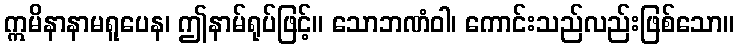
ဣမိနာနာမရူပေန၊ ဤနာမ်ရုပ်ဖြင့်။ သောဘဏံဝါ၊ ကောင်းသည်လည်းဖြစ်သော။